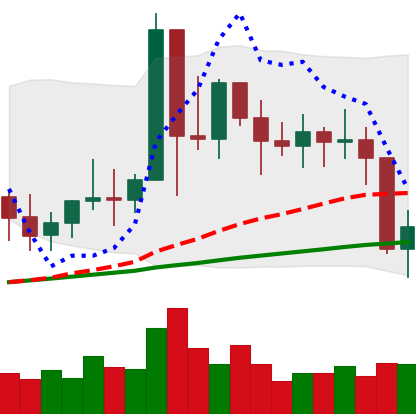
Ticker: XMR-USD
Chart end date: 2021-01-22
Forward return: -7.138%
Label: down_7plus